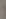
(